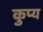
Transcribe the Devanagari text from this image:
कुप्य